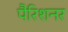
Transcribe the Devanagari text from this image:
पैरिशनर